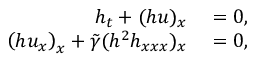
\begin{array} { r l } { h _ { t } + ( h u ) _ { x } } & { { } = 0 , } \\ { \left( h u _ { x } \right) _ { x } + \tilde { \gamma } ( h ^ { 2 } h _ { x x x } ) _ { x } } & { { } = 0 , } \end{array}